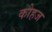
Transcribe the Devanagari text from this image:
कोहज